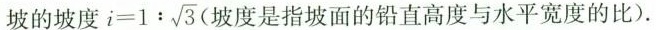
坡的坡度 $$i=1: \sqrt{3}$$ (坡度是指坡面的铅直高度与水平宽度的比)。